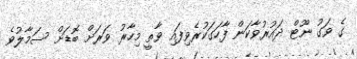
ގެ ވަގު ނޫޓް ދައުރުވާކަން ފާހަގަކުރެވިފައި ވާތީ މިހާރު ވަރަށް ބޮޑަށް ސަމާލުވެ